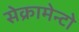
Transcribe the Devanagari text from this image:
सेक्रामेन्टो